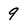
Character: 9